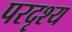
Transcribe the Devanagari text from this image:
परदृश्य